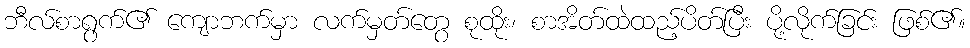
ဘီလ်စာရွက်၏ ကျောဘက်မှာ လက်မှတ်တွေ စုထိုး၊ စာအိတ်ထဲထည့်ပိတ်ပြီး ပို့လိုက်ခြင်း ဖြစ်၏။